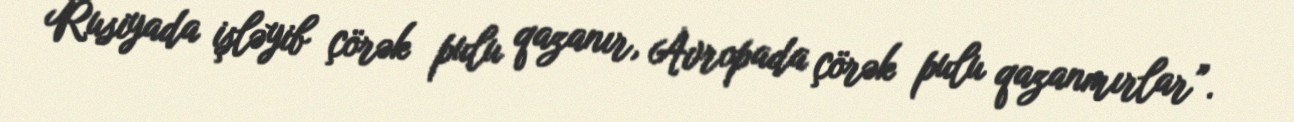
Rusiyada işləyib çörək pulu qazanır, Avropada çörək pulu qazanmırlar”.